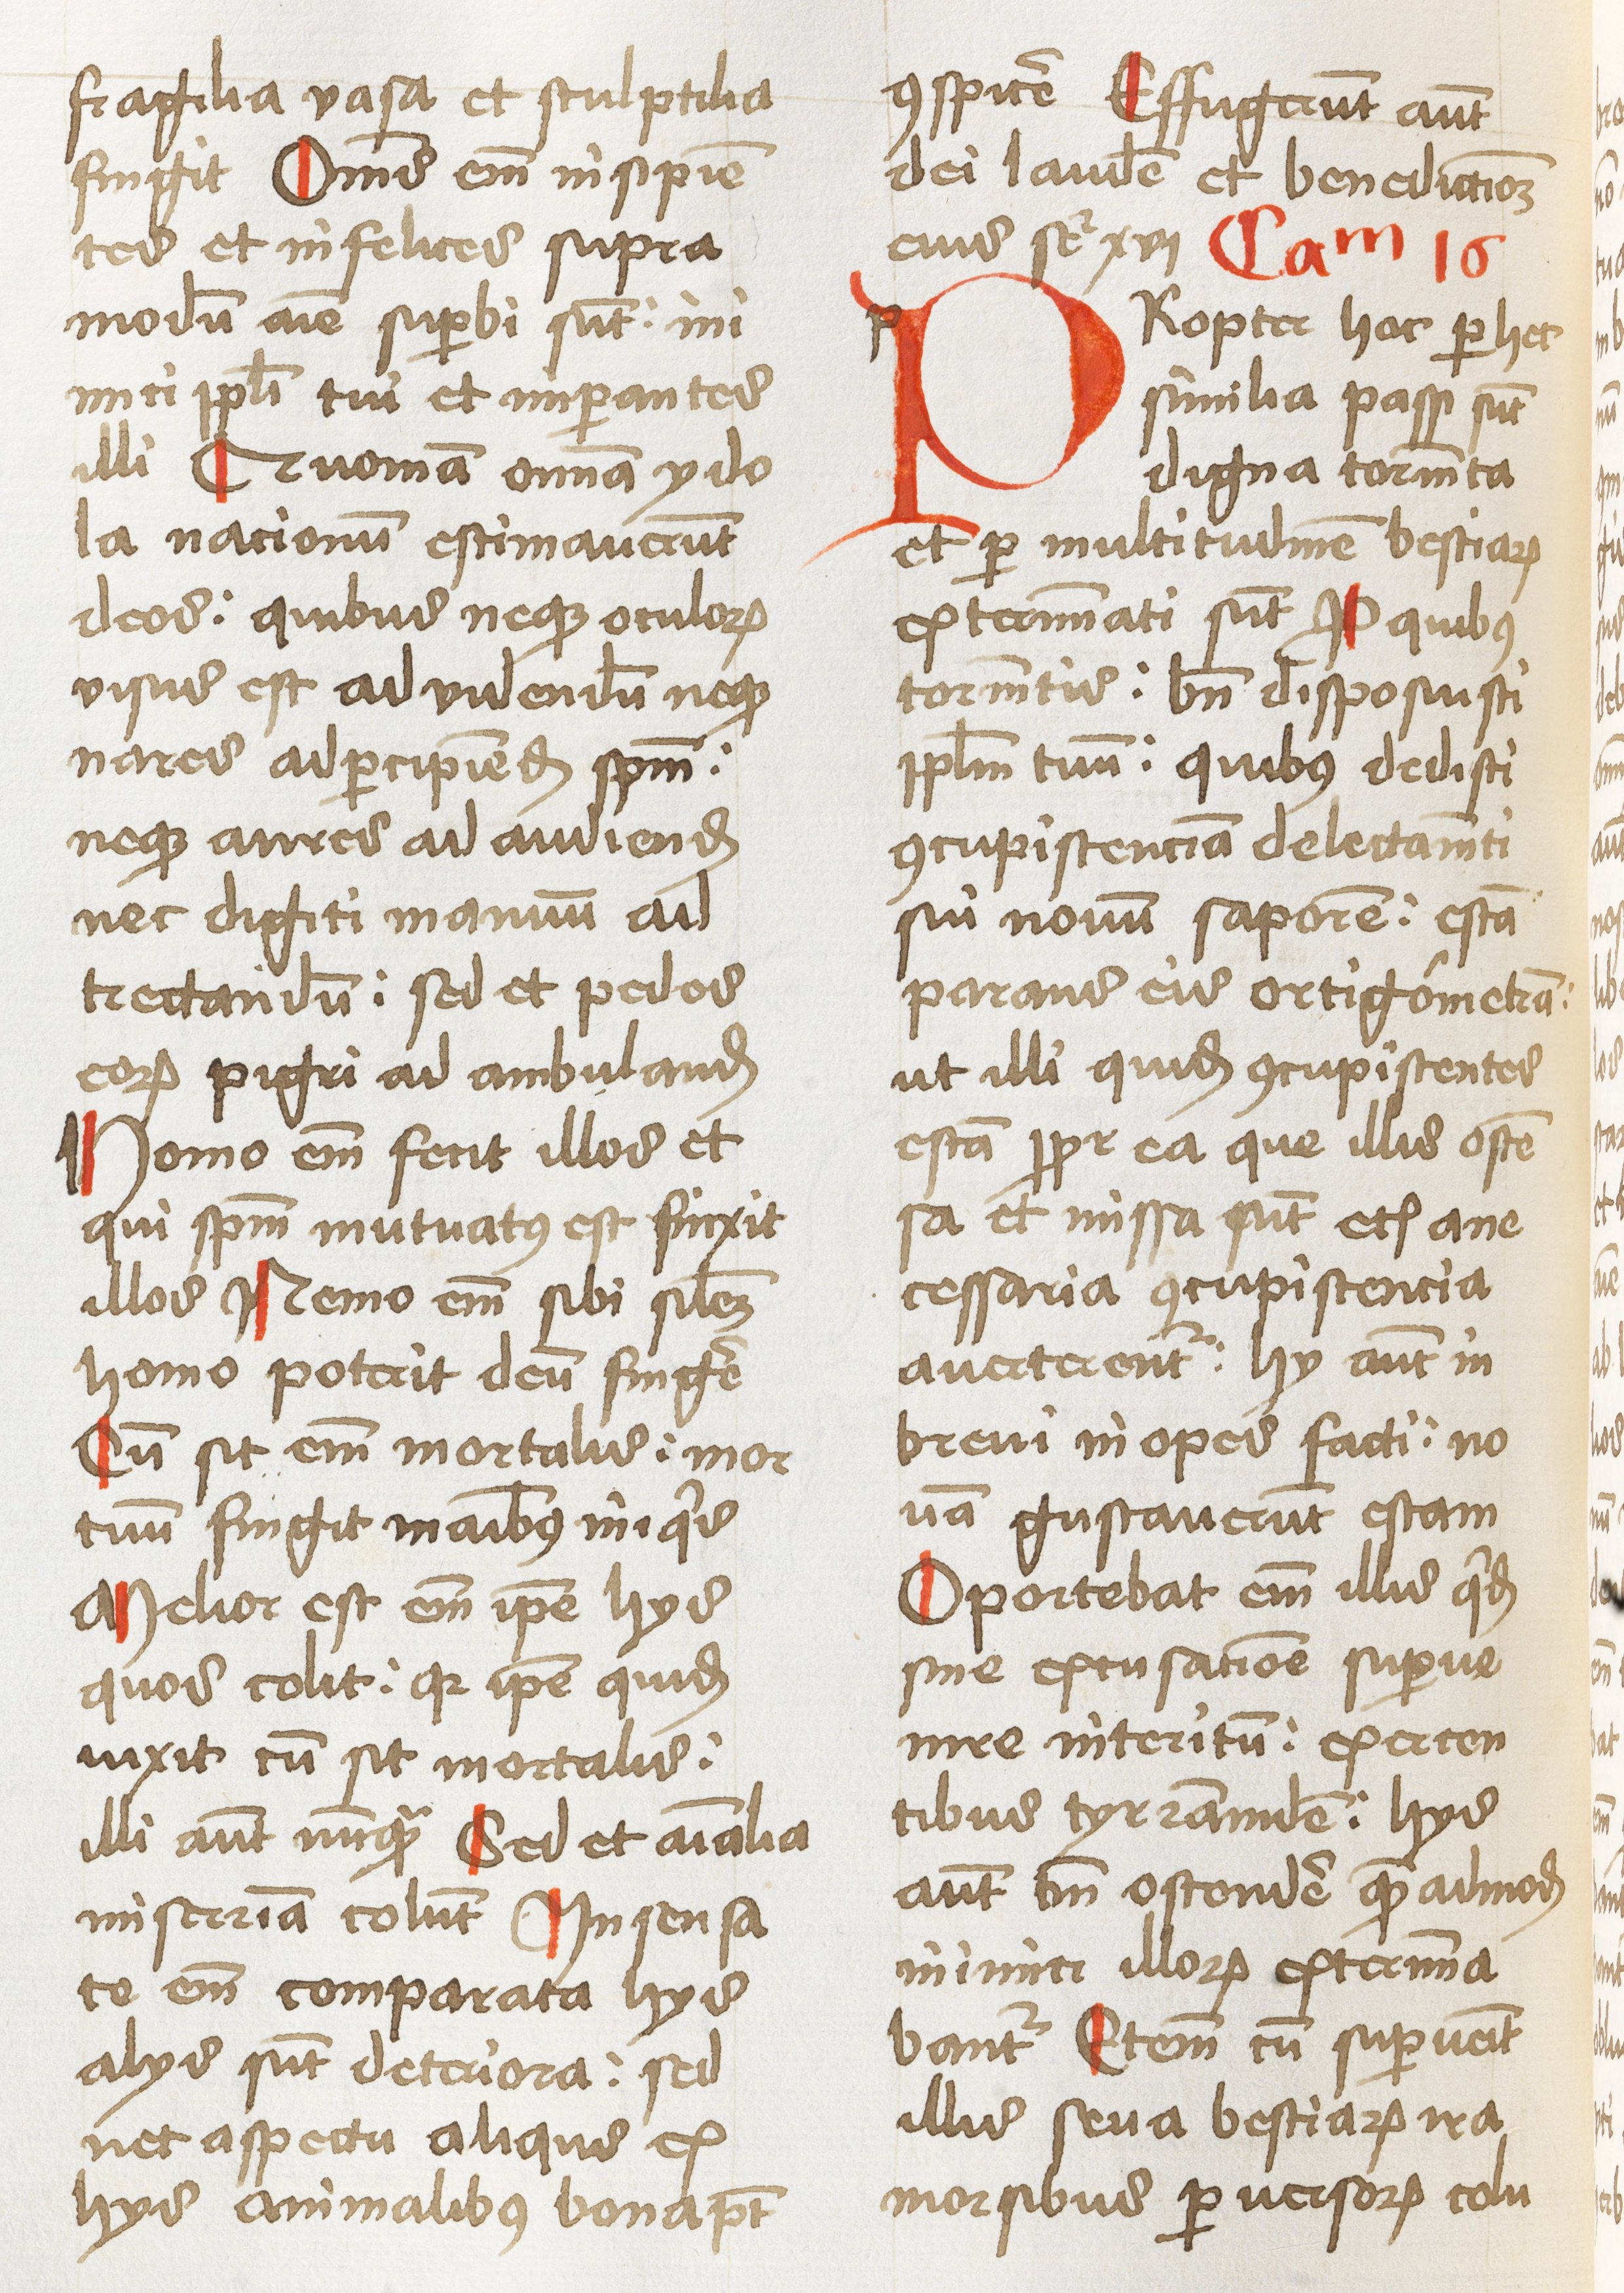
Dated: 1460–1460